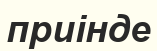
приінде